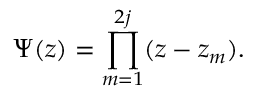
\Psi ( z ) = \prod _ { m = 1 } ^ { 2 j } ( z - z _ { m } ) .